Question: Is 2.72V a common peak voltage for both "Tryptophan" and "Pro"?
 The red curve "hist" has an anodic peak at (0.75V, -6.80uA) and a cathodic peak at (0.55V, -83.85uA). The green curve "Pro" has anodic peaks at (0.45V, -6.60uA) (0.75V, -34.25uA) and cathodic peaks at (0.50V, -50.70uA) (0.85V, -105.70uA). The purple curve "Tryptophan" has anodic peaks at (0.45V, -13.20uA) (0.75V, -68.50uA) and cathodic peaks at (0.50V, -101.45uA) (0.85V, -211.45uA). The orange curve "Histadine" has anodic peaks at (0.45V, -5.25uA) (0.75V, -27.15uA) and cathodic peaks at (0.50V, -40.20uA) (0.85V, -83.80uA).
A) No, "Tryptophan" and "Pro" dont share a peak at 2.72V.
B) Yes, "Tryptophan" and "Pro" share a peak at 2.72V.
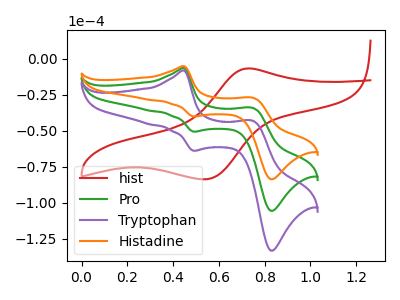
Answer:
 <answer>A) No, "Tryptophan" and "Pro" dont share a peak at 2.72V.</answer>
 <eval>A</eval>